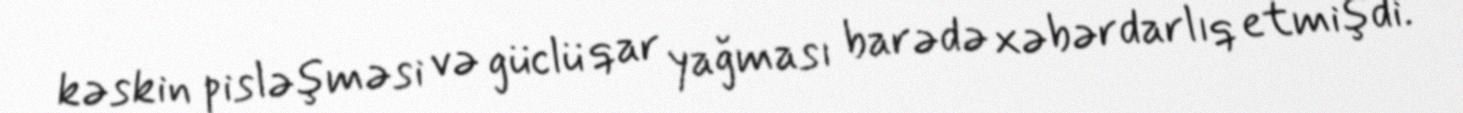
kəskin pisləşməsi və güclü qar yağması barədə xəbərdarlıq etmişdi.